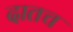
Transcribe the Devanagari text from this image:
दातच